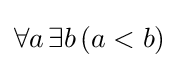
\forall a\,\exists b\,(a<b)